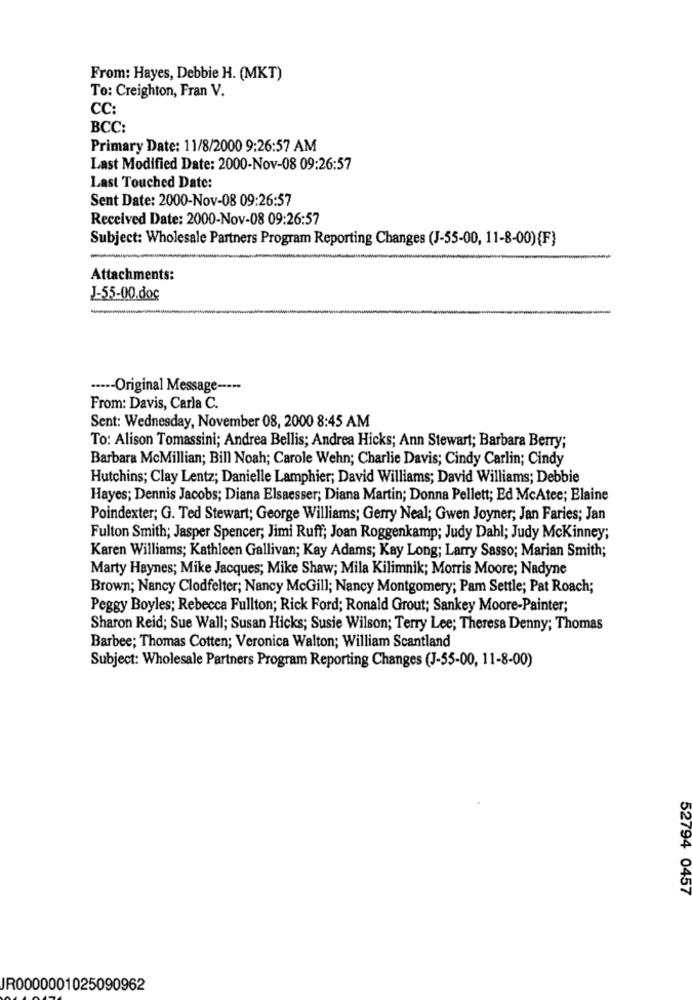
From: Hayes, Debbie H. (MKT)
To: Creighton, Fran V.
CC:
BCC:
Primary Date: 11/8/2000 9:26:57 AM
Last Modified Date: 2000-Nov-08 09:26:57
Last Touched Date:
Sent Date: 2000-Nov-08 09:26:57
Received Date: 2000-Nov-08 09:26:57
Subject: Wholesale Partners Program Reporting Changes (J-55-00, 11-8-00){F}
Attachments:
J-55-00.doc
----- Original Message -···
From: Davis, Carla C.
Sent: Wednesday, November 08, 2000 8:45 AM
To: Alison Tomassini; Andrea Bellis; Andrea Hicks; Ann Stewart; Barbara Berry;
Barbara McMillian; Bill Noah; Carole Wehn; Charlie Davis; Cindy Carlin; Cindy
Hutchins; Clay Lentz; Danielle Lamphier; David Williams; David Williams; Debbie
Hayes; Dennis Jacobs; Diana Elsaesser; Diana Martin; Donna Pellett; Ed McAtee; Elaine
Poindexter; G. Ted Stewart; George Williams; Gerry Neal; Gwen Joyner; Jan Faries; Jan
Fulton Smith; Jasper Spencer; Jimi Ruff; Joan Roggenkamp; Judy Dahl; Judy Mckinney;
Karen Williams; Kathleen Gallivan; Kay Adams; Kay Long; Larry Sasso; Marian Smith;
Marty Haynes; Mike Jacques; Mike Shaw; Mila Kilimnik; Morris Moore; Nadyne
Brown; Nancy Clodfelter; Nancy McGill; Nancy Montgomery; Pam Settle; Pat Roach;
Peggy Boyles; Rebecca Fullton; Rick Ford; Ronald Grout; Sankey Moore-Painter;
Sharon Reid; Sue Wall; Susan Hicks; Susie Wilson; Terry Lee; Theresa Denny; Thomas
Barbee; Thomas Cotten; Veronica Walton; William Scantland
Subject: Wholesale Partners Program Reporting Changes (J-55-00, 11-8-00)
52794 0457
IR0000001025090962